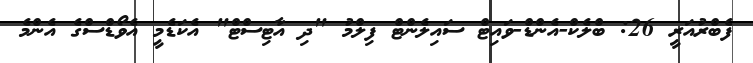
ފެބްރުއަރީ 26: ބްލެކް-އެންޑް-ވައިޓް ސައިލެންޓް ފިލްމު "ދި އާޓިސްޓް" އެކަޑެމީ އެވޯޑްސްގެ އެންމެ